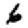
Digit: 6